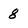
Character: 8